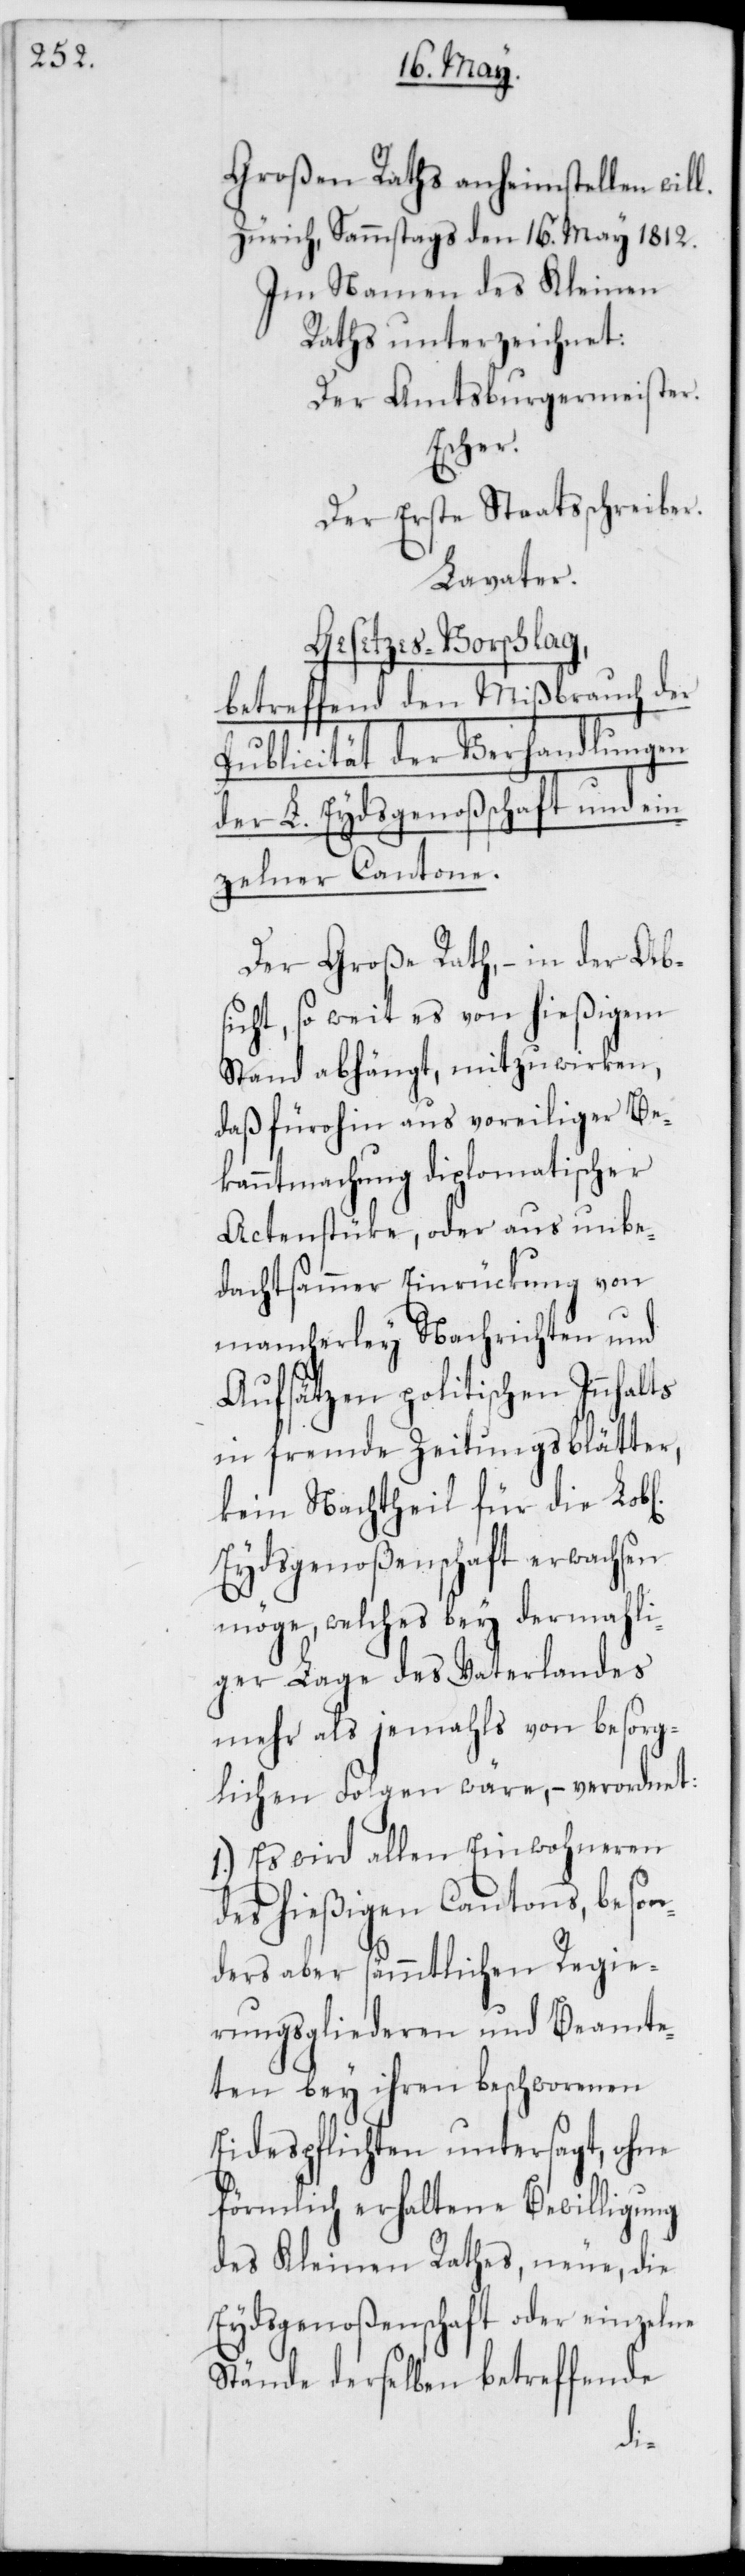
Großen Raths anheimstellen wil¬
Zürich, Sammstags den 16. May 1812.
Im Namen des Kleinen
Raths unterzeichnet:
Der Amtsburgermeister
Escher.
Der Erste Staatsschreiber.
Lavater.
Gesetzes-Vorschlag,
betreffend den Mißbrauch der
Publicität der Verhandlungen
der L. Eydsgenoßenschaft und ein¬
zelner Cantone.
Der Große Rath, – in der Ab¬
sicht, so weit es von hießigem
Stand abhängt, mitzuwirken,
daß fürohin aus voreiliger Be¬
kanntmachung diplomatischer
Actenstücke, oder aus unbe¬
dachtsammer Einrückung von
mancherley Nachrichten und
Aufsätzen politischen Innhalts
in fremde Zeitungsblätter,
kein Nachtheil für die Lobl.
Eydsgenoßenschaft erwachsen
möge, welches bey dermahli¬
ger Lage des Vaterlandes
mehr als jemahls von besorg¬
lichen Folgen wäre, – verordnet:
1.) Es wird allen Einwohneren
des hießigen Cantons, beson¬
ders aber sämmtlichen Regie¬
rungsgliederen und Beamte¬
ten bey ihren beschworenen
Eidespflichten untersagt, ohne
förmlich erhaltene Bewilligung
des Kleinen Rathes, neue, die
Eydsgenoßenschaft oder einzelne
Stände derselben betreffende
l.